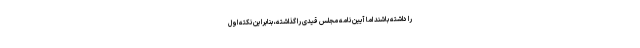
را داشته باشند اما آیین نامه مجلس قیدی را گذاشته، بنابراین نکته اول